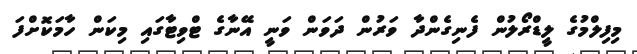
މިފިލްމުގެ ލީޑްރޯލުން ފެނިގެންދާ ވަރުން ދަވަން ވަނީ އޭނާގެ ޓްވިޓާގައި މިކަން ހާމަކޮށްފަ